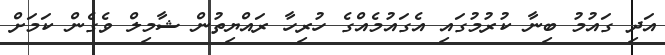
އަދި ގައުމު ބިނާ ކުރުމުގައި އެގައުމެއްގެ ހުރިހާ ރައްޔިތުން ޝާމިލް ވެގެން ކަމަށް